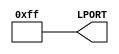
// This program was cloned from: https://github.com/FPGAwars/icezum
// License: GNU General Public License v3.0

//--------------------------------------------------------------------
//-- IceZUM Alhambra test
//-- Hello world example
//-- Turn on all the yellow leds
//--------------------------------------------------------------------
//-- (c) BQ March, 2016. Written by Juan Gonzalez (obijuan)
//--------------------------------------------------------------------
//-- Releases under the GPL v2+ license
//--------------------------------------------------------------------

module leds_on(output wire [7:0] LPORT);

//-- Turn on all the leds
assign LPORT = 8'hFF;

endmodule